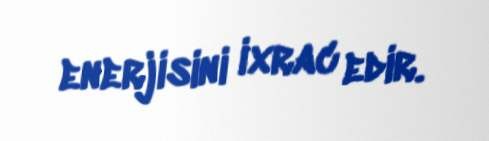
enerjisini ixrac edir.